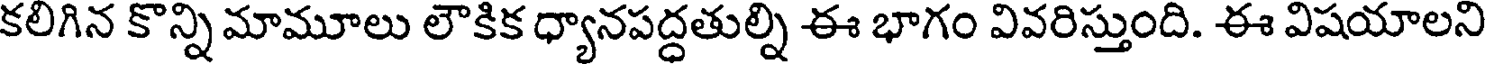
కలిగిన కొన్ని మామూలు లౌకిక ధ్యానపద్ధతుల్ని ఈ భాగం వివరిస్తుంది. ఈ విషయాలని